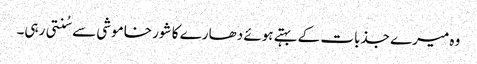
وہ میرے جذبات کے بہتے ہوئے دھارے کا شور خاموشی سے سُنتی رہی۔